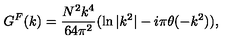
G ^ { F } ( k ) = { \frac { N ^ { 2 } k ^ { 4 } } { 6 4 \pi ^ { 2 } } } ( \ln { | k ^ { 2 } | } - i \pi \theta ( - k ^ { 2 } ) ) ,